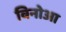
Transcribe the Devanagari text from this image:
विनोआ